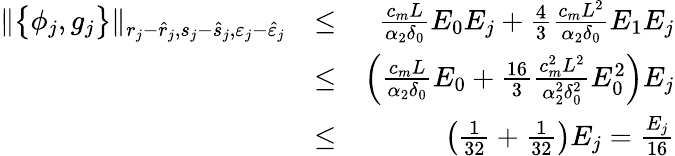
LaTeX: \begin{array}{rlr}{\| \big\{ \phi_{j},g_{j}\big\} \| _{r_{j}-\hat{r}_{j},s_{j}-\hat{s}_{j},\varepsilon_{j}-\hat{\varepsilon}_{j}}}&{\le}&{\frac{c_{m}L}{\alpha_{2}\delta_{0}}E_{0}{E_{j}}+\frac{4}{3}\frac{c_{m}L^{2}}{\alpha_{2}\delta_{0}}E_{1}{E_{j}}}\\ &{\le}&{\left(\frac{c_{m}L}{\alpha_{2}\delta_{0}}E_{0}+\frac{16}{3}\frac{c_{m}^{2}L^{2}}{\alpha_{2}^{2}\delta_{0}^{2}}E_{0}^{2}\right){E_{j}}}\\ &{\le}&{\left(\frac{1}{32}+\frac{1}{32}\right){E_{j}}=\frac{E_{j}}{16}}\end{array}